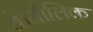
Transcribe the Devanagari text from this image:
केमौलिक